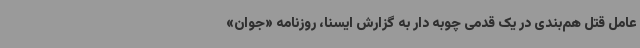
عامل قتل هم‌بندی در یک قدمی چوبه دار به گزارش ایسنا، روزنامه «جوان»